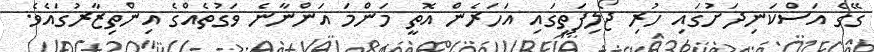
ގޭގެ އަސްކަނިދަށުގައި ހުރި ޖޯލިފަތީގައި އަހަރެން އޮތީ މަންމަ އަންނާނެ ވަގުތެއްގެ އިންތިޒާރުގައެވެ.